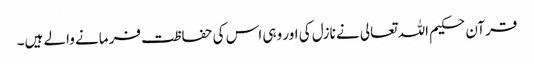
قرآن حکیم اللہ تعالی نے نازل کی اور وہی اس کی حفاظت فرمانے والے ہیں۔